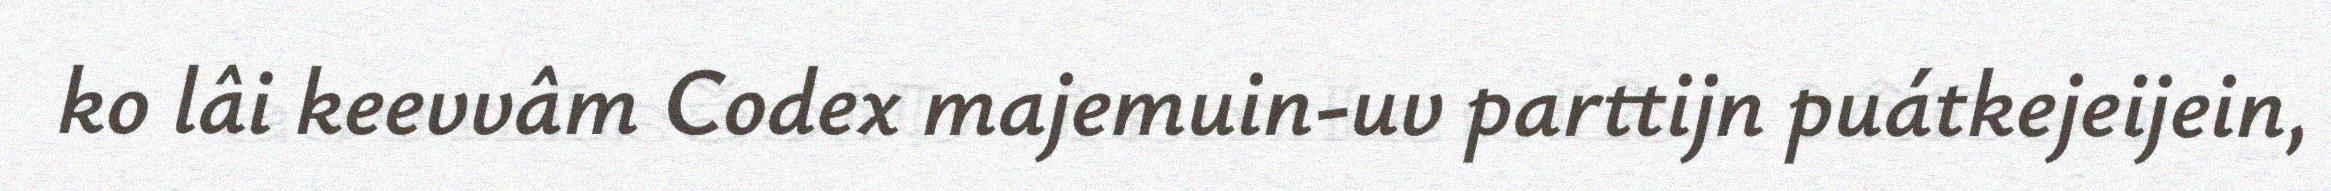
ko lâi keevvâm Codex majemuin-uv parttijn puátkejeijein,